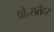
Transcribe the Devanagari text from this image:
प्रो॰सतेंदर